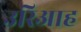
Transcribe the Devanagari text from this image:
उरिआह